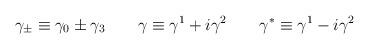
LaTeX: \begin{align*}\gamma_\pm \equiv \gamma_0 \pm \gamma_3 \qquad \gamma \equiv \gamma^1 + i \gamma^2 \qquad \gamma^* \equiv \gamma^1 - i \gamma^2\end{align*}